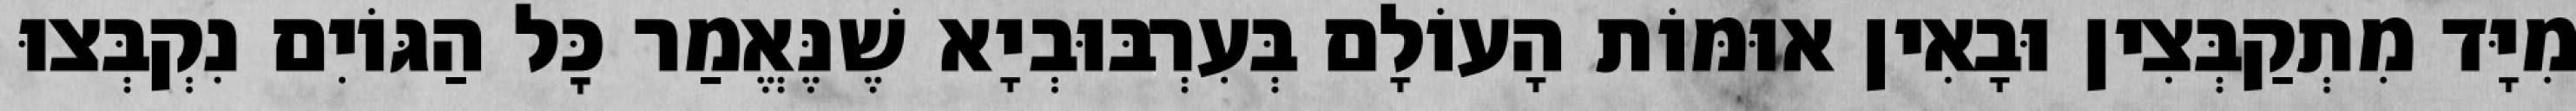
מִיָּד מִתְקַבְּצִין וּבָאִין אוּמּוֹת הָעוֹלָם בְּעִרְבּוּבְיָא שֶׁנֶּאֱמַר כׇּל הַגּוֹיִם נִקְבְּצוּ